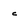
Character: c